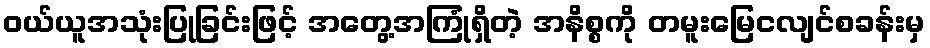
ဝယ်ယူအသုံးပြုခြင်းဖြင့် အတွေ့အကြုံရှိတဲ့ အနိစ္စကို တမူးမြေငလျင်စခန်းမှ